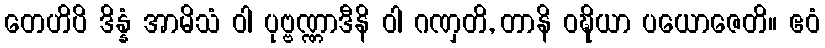
တေဟိပိ ဒိန္နံ အာမိသံ ဝါ ပုဗ္ဗဏ္ဏာဒီနိ ဝါ ဂဏှတိ, တာနိ ဝဍ္ဎိယာ ပယောဇေတိ။ ဧဝံ